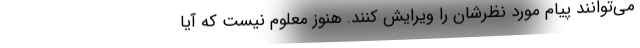
می‌توانند پیام مورد نظرشان را ویرایش کنند. هنوز معلوم نیست که آیا